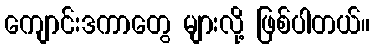
ကျောင်းဒကာတွေ များလို့ ဖြစ်ပါတယ်။